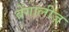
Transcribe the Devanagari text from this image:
बेंगालीज़